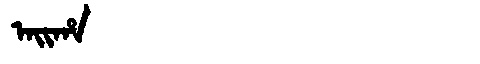
Manchu: ᠠᡳᡥᠠ
Romanization: AIHA